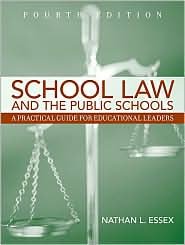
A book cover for School Law and the Public Schools, 4th Edition; Nathan L. Essex; Education & Teaching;